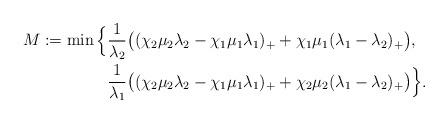
LaTeX: \begin{align*}M:= \min\Big\{ &\frac{1}{\lambda_2}\big( (\chi_2\mu_2\lambda_2-\chi_1\mu_1\lambda_1)_+ + \chi_1\mu_1(\lambda_1-\lambda_2)_+ \big),\\& \frac{1}{\lambda_1}\big( (\chi_2\mu_2\lambda_2-\chi_1\mu_1\lambda_1)_+ + \chi_2\mu_2(\lambda_1-\lambda_2)_+ \big) \Big\}. \end{align*}